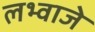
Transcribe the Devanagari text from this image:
लभ्वाजे